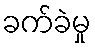
ခက်ခဲမှု